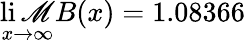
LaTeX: \operatorname*{li\mathscr{M}}_{x\to\infty}B(x)=1.08366